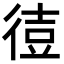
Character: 𫹙